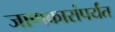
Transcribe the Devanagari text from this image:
जाणकारांपर्यंत